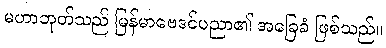
မဟာဘုတ်သည် မြန်မာဗေဒင်ပညာ၏ အခြေခံ ဖြစ်သည်။